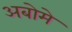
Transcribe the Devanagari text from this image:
अबोमे